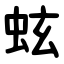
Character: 蚿